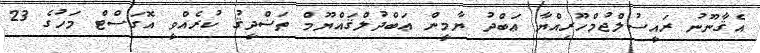
އެޤާނޫނު ރައީސުލްޖުމްހޫރިއްޔާ ޢަބްދު ޔާމީން ޢަބްދުލްޤައްޔޫމް ތަޟްދީޤު ކުރެއްވީ އޮގަސްޓް މަހުގެ 23